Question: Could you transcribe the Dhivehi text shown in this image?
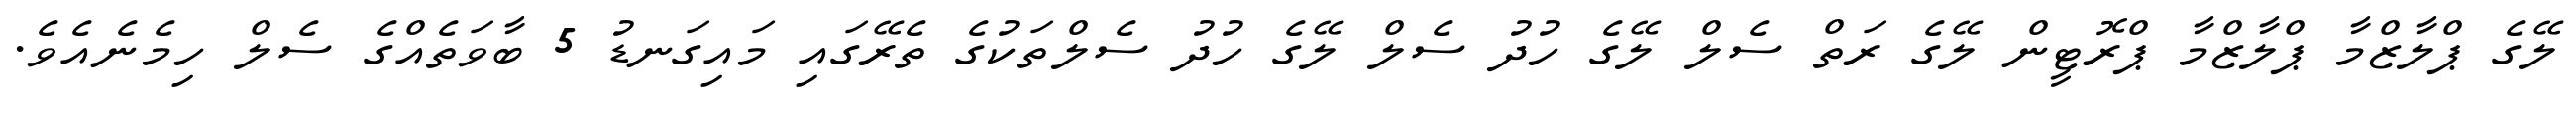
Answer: ލޭގެ ޕްލާޒްމާ ޕްލާޒްމާ ޕްރޮޓީން ލޭގެ ރަތް ސެލް ލޭގެ ހުދު ސެލް ލޭގެ ހުދު ސެލްތަކުގެ ތެރޭގައި މައިގަނޑު 5 ބާވަތެއްގެ ސެލް ހިމެނެއެވެ.